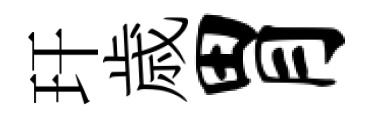
玕歳胃